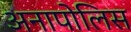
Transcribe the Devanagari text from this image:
अनापोलिस